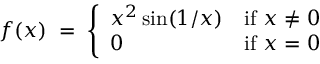
f ( x ) \; = \; { \left\{ \begin{array} { l l } { x ^ { 2 } \sin ( 1 / x ) } & { { \mathrm { i f ~ } } x \neq 0 } \\ { 0 } & { { \mathrm { i f ~ } } x = 0 } \end{array} \right. }